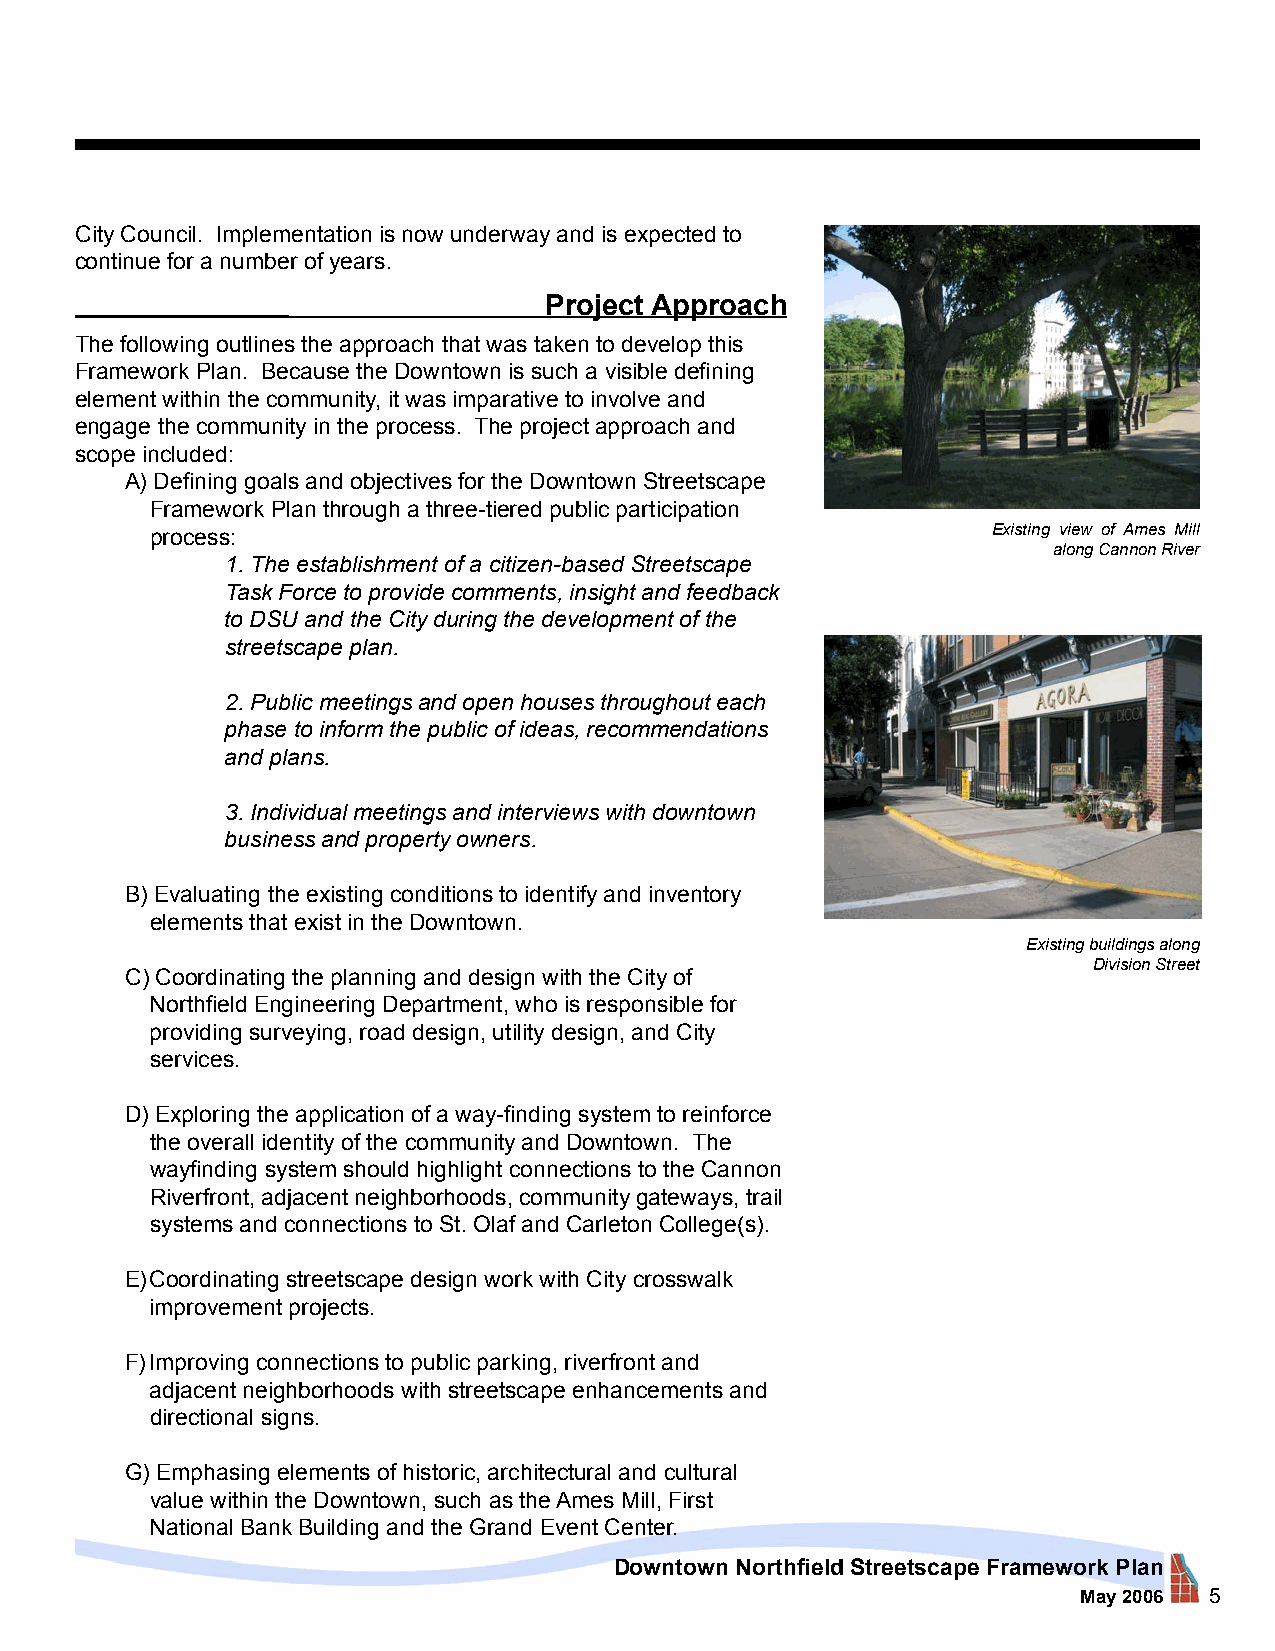
City Council. Implementation is now underway and is expected to
 continue for a number of years.
 Project Approach
 The following outlines the approach that was taken to develop this
 Framework Plan. Because the Downtown is such a visible defining
 element within the community, it was imparative to involve and
 engage the community in the process. The project approach and
 scope included:
 A) Defining goals and objectives for the Downtown Streetscape
 Framework Plan through a three-tiered public participation
 process:                                                Existing view of Ames Mill
 along Cannon River
 1. The establishment of a citizen-based Streetscape
 Task Force to provide comments, insight and feedback
 to DSU and the City during the development of the
 streetscape plan.
 2. Public meetings and open houses throughout each
 phase to inform the public of ideas, recommendations
 and plans.
 3. Individual meetings and interviews with downtown
 business and property owners.
 B) Evaluating the existing conditions to identify and inventory
 elements that exist in the Downtown.
 Existing buildings along
 Division Street
 C) Coordinating the planning and design with the City of
 Northfield Engineering Department, who is responsible for
 providing surveying, road design, utility design, and City
 services.
 D) Exploring the application of a way-finding system to reinforce
 the overall identity of the community and Downtown. The
 wayfinding system should highlight connections to the Cannon
 Riverfront, adjacent neighborhoods, community gateways, trail
 systems and connections to St. Olaf and Carleton College(s).
 E) Coordinating streetscape design work with City crosswalk
 improvement projects.
 F) Improving connections to public parking, riverfront and
 adjacent neighborhoods with streetscape enhancements and
 directional signs.
 G) Emphasing elements of historic, architectural and cultural
 value within the Downtown, such as the Ames Mill, First
 National Bank Building and the Grand Event Center.
 Downtown Northfield Streetscape Framework Plan
 May 2006 5